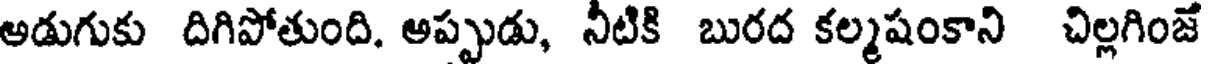
అడుగుకు దిగిపోతుంది. అప్పుడు, నీటికి బురద కల్మషంకాని చిల్లగింజే